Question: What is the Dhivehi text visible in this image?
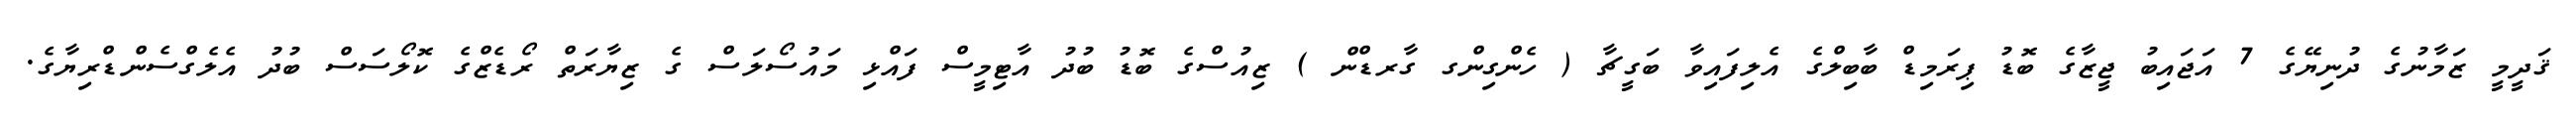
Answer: ޤަދީމީ ޒަމާނުގެ ދުނިޔޭގެ 7 އަޖައިބު ޖީޒާގެ ބޮޑު ޕިރަމިޑް ބާބިލްގެ އެލިފައިވާ ބަގީޗާ ( ހެންގިންގ ގާރޑްން ) ޒިއުސްގެ ބޮޑު ބުދު އާޓިމީސް ފައްޅި މައުސޯލަސް ގެ ޒިޔާރަތް ރޯޑެޒްގެ ކޮލޯސަސް ބުދު އެލެގްސެންޑްރިޔާގެ.